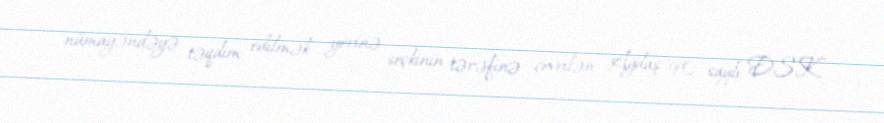
nümayəndəyə təqdim edilmək yerinə seçkinin tərəfinə çevrilən Ağdaş 90 saylı DSK